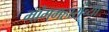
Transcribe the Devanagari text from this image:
मांगमहारांच्या